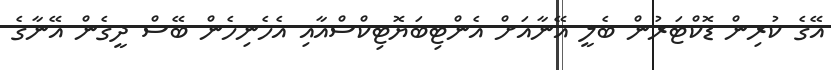
އޭގެ ކުރިން ޑޮކްޓަރުން ބެލީ އޭނާއަށް އެންޓިބަޔޮޓިކްސްއާއި އެހެނިހެން ބޭސް ދީގެން އޭނާގެ